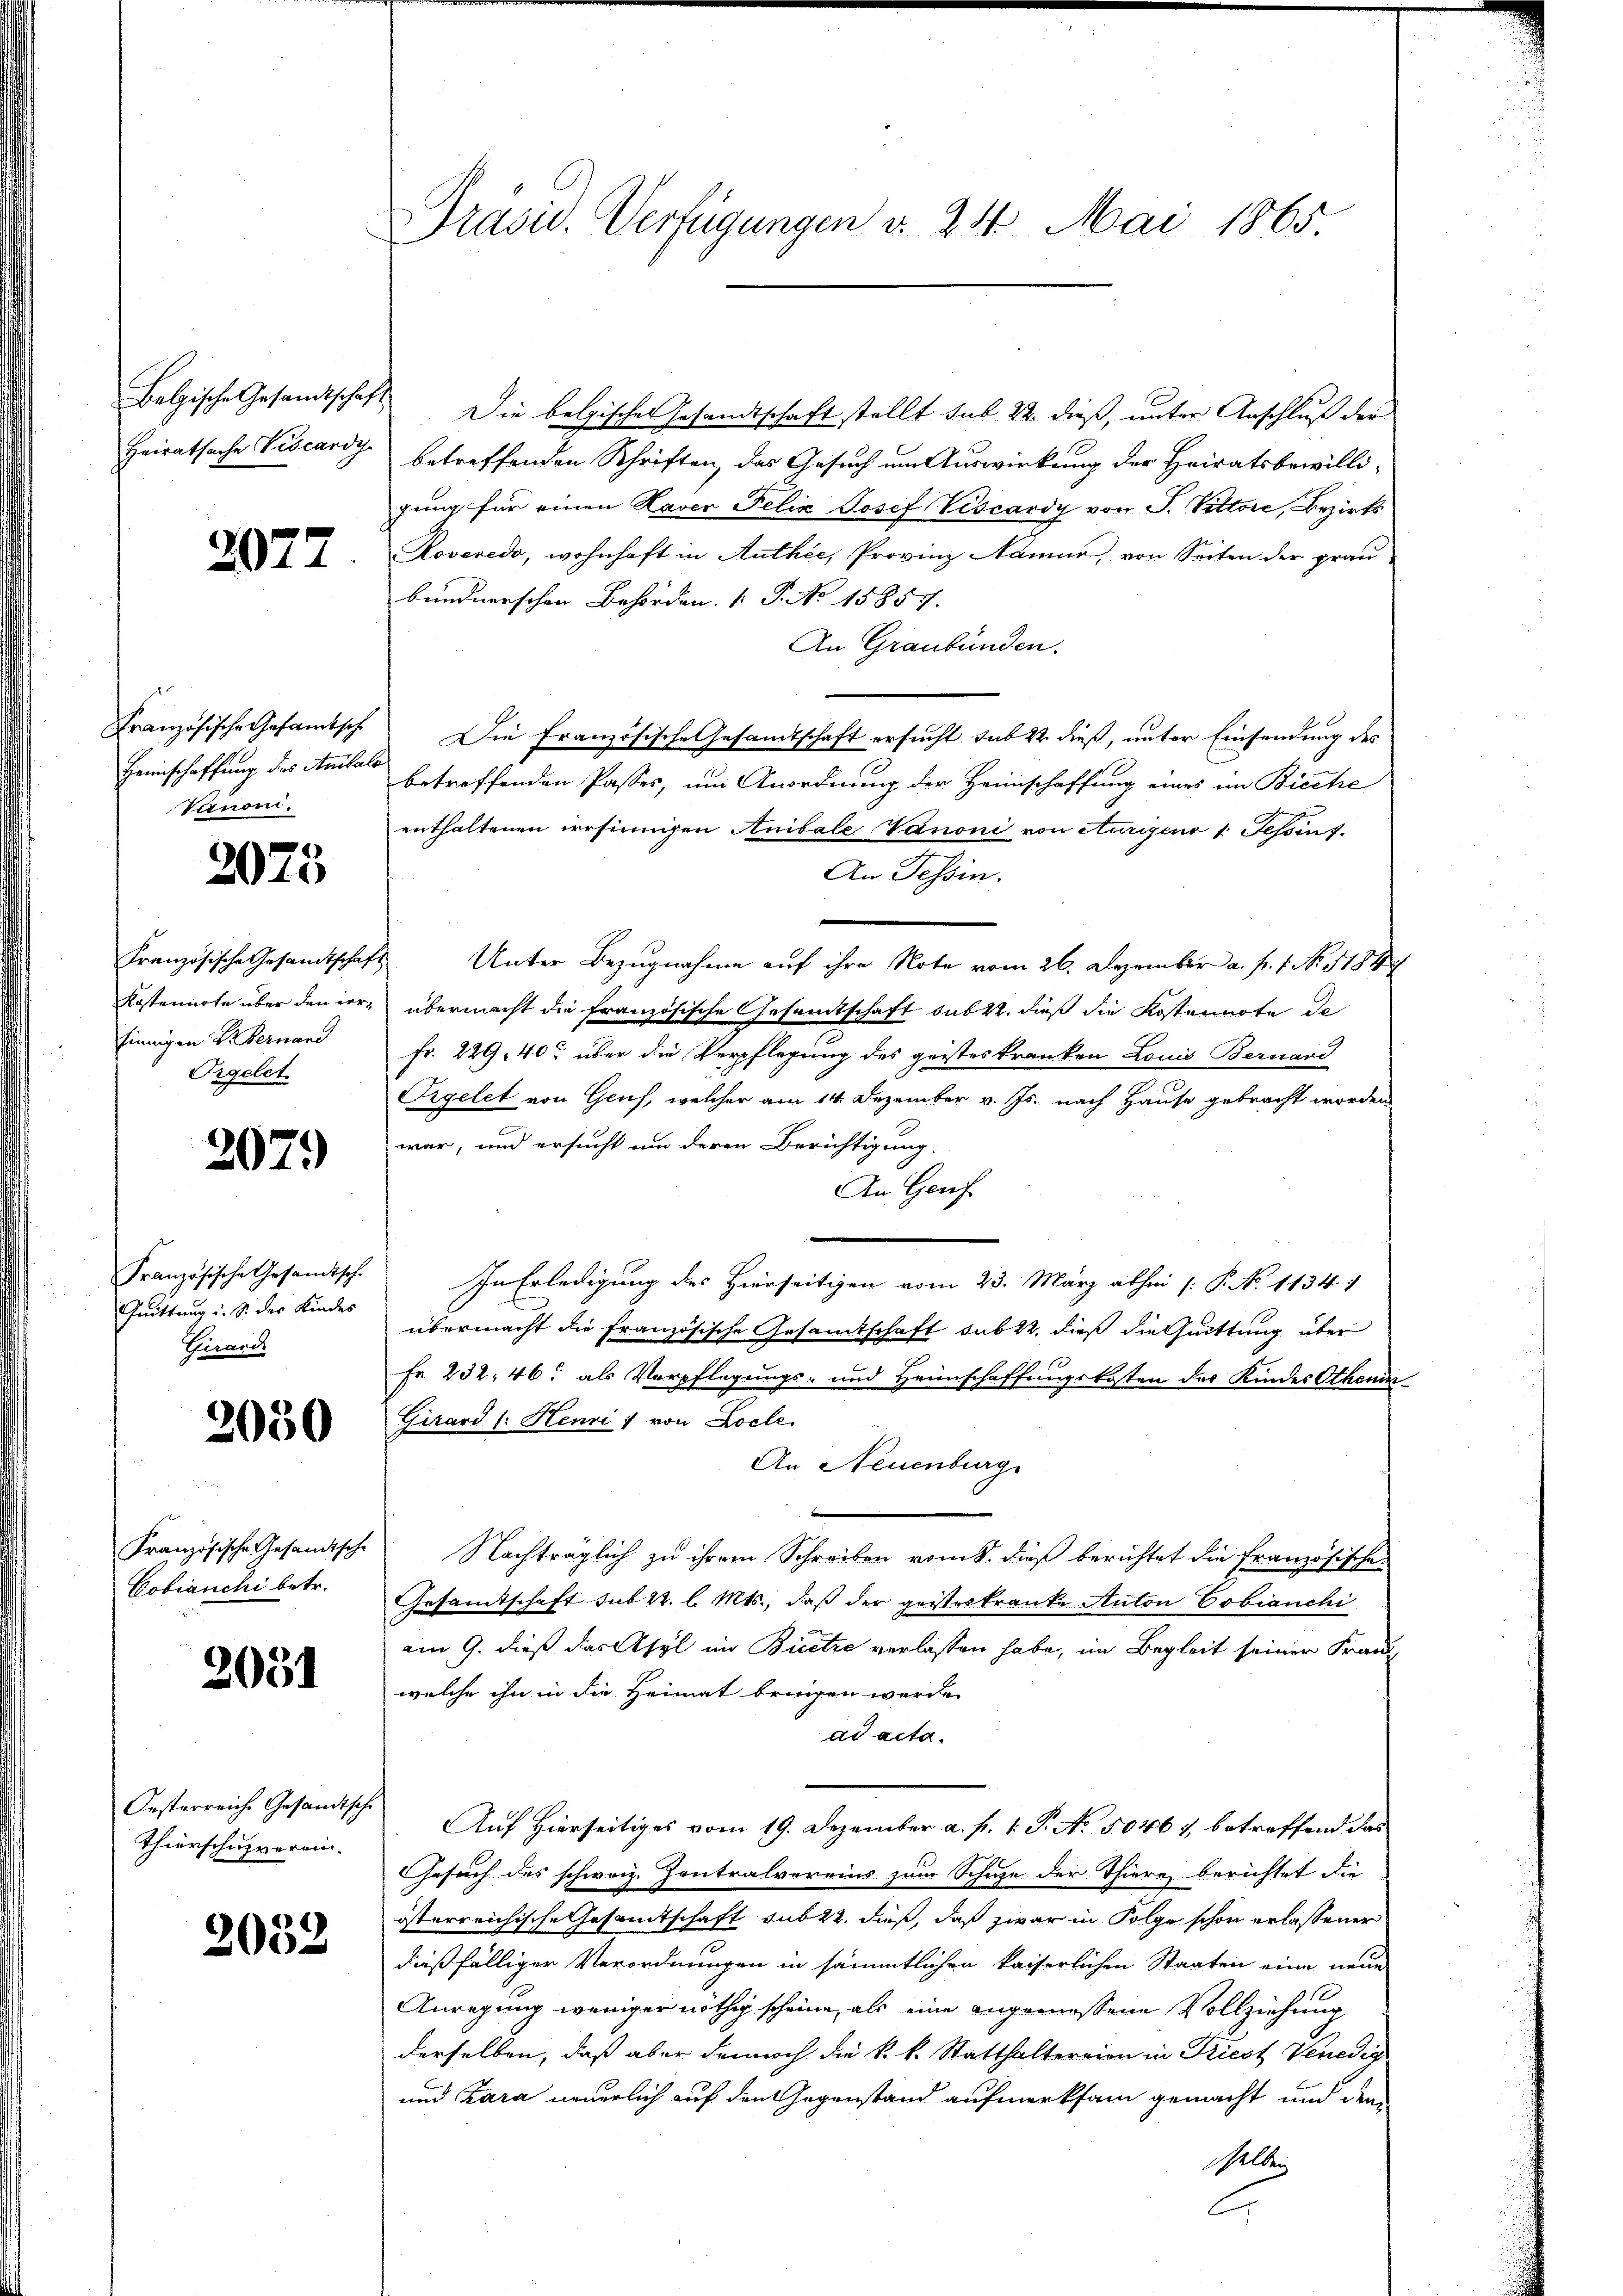
Belgische Gesandtschaft
Heiratsache Viscardy

2077

Französische Gesamtsche
Heimschaffung des Anitals
Vanoni.

2073

Französische Gesandtschaf
Kostenirte über den verfinnigen Dr Fernand
Orgelet

2079

Französische Gesandtsch.
Quittung i. S. der Kindes
Zuard

2050

Französische Gesandtsche
Cobianchi betr.

2031

Oesterreiche Gesandtsche
Thierschuzverein.

2032

Präsid. Verfügungen d. 24. Mai 1865

Die belgischer Gesandtschaft stellt sub. 22. dieß, unter Anschluß der
betreffenden Schriften, das Gesuch um Auswirkung der Heiratsbewilligung für einen Haver Felix Josef Viscardy von P. Pittore, Bezirks¬
Roveredo, wohnhaft in Authée, Provinz Namur, von Seiten der grau
bundnerschen Behörden. ( P. No 15857.
An Graubünden.
Die Französische Gesamtschaft ersucht sub 22 dieß, unter Einsendung des
betreffenden Passes, um Anordnung der Heimschaffung eines im Bieche
enthaltenen irrsinnigen Anibale Vanoni von eurigen 1. Tessin s
An Tessin.
Unter Bezugnahme auf ihre Note vom 26. Dezember a. p. 1. No. 1184
übermacht die französische Gesamtschaft sub 22. dieß die Kostennote de
Fr. 229, 40 über die Verpflegung des geistes kranken Louis Bernard
Orgelet von Gruf, welcher am 14. Dezember v. Js. nach Hause gebracht worden
war, und ersucht um deren Berichtigung.
An Genf
In Erledigung des Hierseitigen vom 23. März abhin (: P. No. 11341
übermacht die Französische Gesamtschaft sub 22. dieß die Quittung über
Fr 232, 46 als Verpflegungs- und Heimschaffungskosten des Kindes Othenin¬
Girard (: Henri / von Loche
An Neuenburg
Nachträglich zu ihrem Schreiben vom 8. dieß berichtet die französische
Gesamtschaft sub 22. l. Mts., daß der geisteskranke Auton Tobianchi
am 9. dieß das Asyl im Bicetze verlassen habe, im Begleit seiner Frau
welche ihn in die Heimat bringen werde.
ad acta.
Auf Hierseitiges vom 19. Dezember a. f. 1. P. No. 50467, betreffend das
Gesuch des schweiz. Zentralvereins zum Schuhe der Thiere berichtet die
österreichische Gesamtschaft sub 22. dieß, daß zwar in Folge schon erlassener
dießfälliger Verordnungen in sämmtlichen kaiserlichen Staaten eine neue
Anregung weniger nöthig scheine, als eine angemessene Vollziehung
derselben, daß aber dennoch die k. k. Statthaltereien in Priest Venedig
und Kara neuerlich auf den Gegenstand aufmerksam gemacht und dem
selben
G